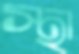
স্থা